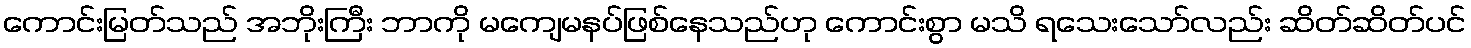
ကောင်းမြတ်သည် အဘိုးကြီး ဘာကို မကျေမနပ်ဖြစ်နေသည်ဟု ကောင်းစွာ မသိ ရသေးသော်လည်း ဆိတ်ဆိတ်ပင်